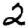
Digit: 2